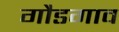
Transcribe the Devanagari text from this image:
गौडगाव